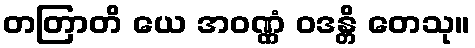
တတြာတိ ယေ အဝဏ္ဏံ ဝဒန္တိ တေသု။